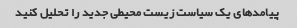
پیامدهای یک سیاست زیست محیطی جدید را تحلیل کنید